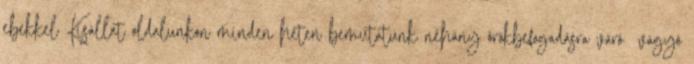
ebekkel Kisállat oldalunkon minden héten bemutatunk néhány örökbefogadásra váró vágyó